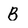
Character: B